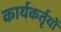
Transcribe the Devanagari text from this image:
कार्यकर्तृयों